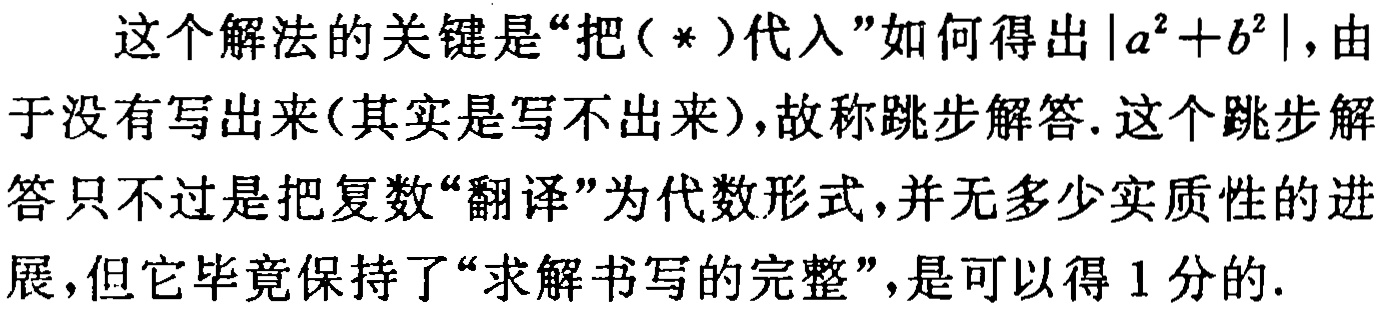
这个解法的关键是“把（*）代入”如何得出\(\vert a^{2}+b^{2}\vert\)，由于没有写出来(其实是写不出来)，故称跳步解答. 这个跳步解答只不过是把复数“翻译”为代数形式，并无多少实质性的进展，但它毕竟保持了“求解书写的完整”，是可以得 1 分的.